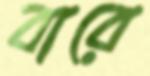
বারে